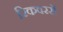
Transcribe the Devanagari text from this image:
रिकवररों